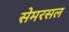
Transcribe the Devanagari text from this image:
सेमरसल